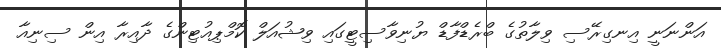
އަންނަނީ އިނގިރޭސި ވިލާތުގެ ބްރެޑްފާޑް ޔުނިވާސިޓީގައި ވިޝުއަލް ކޮމްޕިއުޓިންގެ ދާއިރާ އިން ސިނިއާ